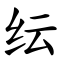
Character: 纭